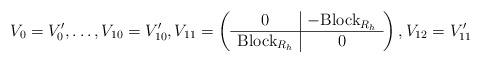
LaTeX: \begin{align*}V_0=V'_0, \dots , V_{10}=V'_{10}, V_{11}=\left(\begin{array}{c|c}0& -\mathrm{Block}_{R_h} \\ \hline\mathrm{Block}_{R_h} & 0\end{array}\right) , V_{12} =V'_{11}\end{align*}